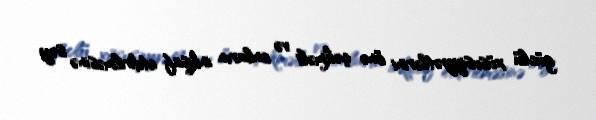
güclü xüsusiyyətlərini önə çəkməli və onların inkişaf etdirilməsinə səy